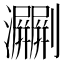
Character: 㶜